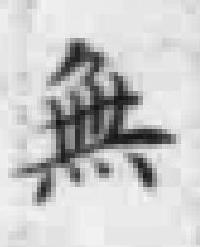
無